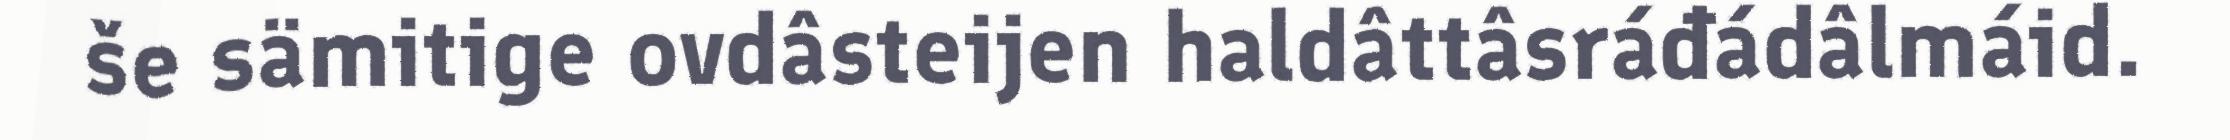
še sämitige ovdâsteijen haldâttâsráđádâlmáid.